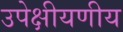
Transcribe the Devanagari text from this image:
उपेक्षीयणीय